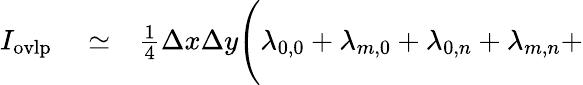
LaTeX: \begin{array}{rlr}{I_{\mathrm{ovlp}}}&{{}\simeq}&{\frac{1}{4}\Delta x\Delta y\Biggl(\lambda_{0,0}+\lambda_{m,0}+\lambda_{0,n}+\lambda_{m,n}+}\end{array}